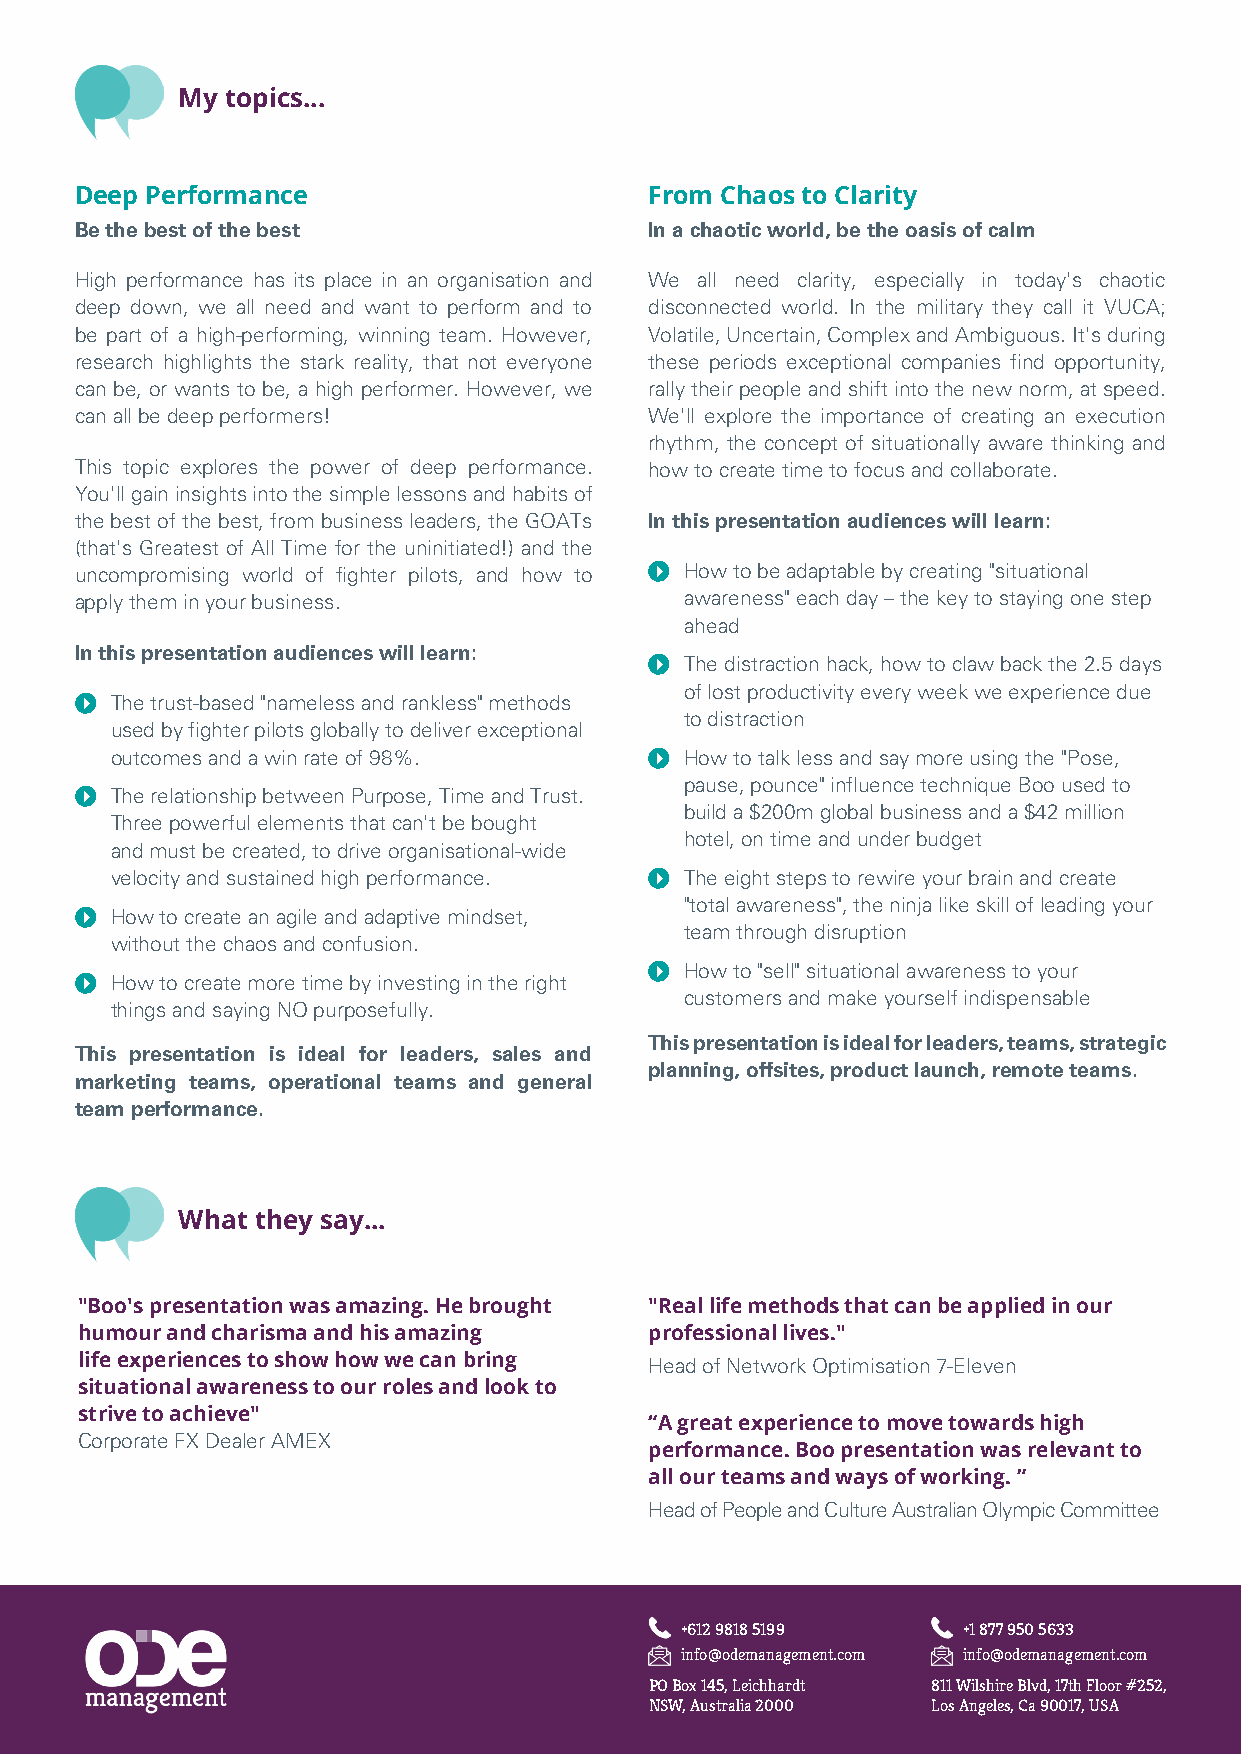
My topics...
 Deep Performance                      From Chaos to Clarity
 Be the best of the best               In a chaotic world, be the oasis of calm
 High performance has its place in an organisation and We all need clarity, especially in today's chaotic
 deep down, we all need and want to perform and to disconnected world. In the military they call it VUCA;
 be part of a high-performing, winning team. However, Volatile, Uncertain, Complex and Ambiguous. It's during
 research highlights the stark reality, that not everyone these periods exceptional companies find opportunity,
 can be, or wants to be, a high performer. However, we rally their people and shift into the new norm, at speed.
 can all be deep performers!           We'll explore the importance of creating an execution
 rhythm, the concept of situationally aware thinking and
 This topic explores the power of deep performance. how to create time to focus and collaborate.
 You'll gain insights into the simple lessons and habits of
 the best of the best, from business leaders, the GOATs In this presentation audiences will learn:
 (that's Greatest of All Time for the uninitiated!) and the
 uncompromising world of fighter pilots, and how to I How to be adaptable by creating "situational
 apply them in your business.            awareness" each day – the key to staying one step
 ahead
 In this presentation audiences will learn:
 I The distraction hack, how to claw back the 2.5 days
 of lost productivity every week we experience due
 I The trust-based "nameless and rankless" methods
 to distraction
 used by fighter pilots globally to deliver exceptional
 outcomes and a win rate of 98%.     I How to talk less and say more using the "Pose,
 pause, pounce" influence technique Boo used to
 I The relationship between Purpose, Time and Trust.
 build a $200m global business and a $42 million
 Three powerful elements that can't be bought
 hotel, on time and under budget
 and must be created, to drive organisational-wide
 velocity and sustained high performance. I The eight steps to rewire your brain and create
 "total awareness", the ninja like skill of leading your
 I How to create an agile and adaptive mindset,
 team through disruption
 without the chaos and confusion.
 I How to "sell" situational awareness to your
 I How to create more time by investing in the right
 customers and make yourself indispensable
 things and saying NO purposefully.
 This presentation is ideal for leaders, teams, strategic
 This presentation is ideal for leaders, sales and
 planning, offsites, product launch, remote teams.
 marketing teams, operational teams and general
 team performance.
 What they say...
 "Boo's presentation was amazing. He brought "Real life methods that can be applied in our
 humour and charisma and his amazing   professional lives."
 life experiences to show how we can bring Head of Network Optimisation 7-Eleven
 situational awareness to our roles and look to
 strive to achieve"
 “A great experience to move towards high
 Corporate FX Dealer AMEX
 performance. Boo presentation was relevant to
 all our teams and ways of working. ”
 Head of People and Culture Australian Olympic Committee
 Asia Pacific Office U.S. Office
 +612 9818 5199     +1 877 950 5633
 info@odemanagement.com info@odemanagement.com
 PO Box 145, Leichhardt 811 Wilshire Blvd, 17th Floor #252,
 NSW, Australia 2000 Los Angeles, Ca 90017, USA